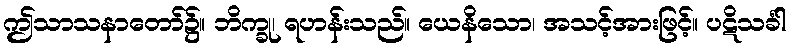
ဤသာသနာတော်၌။ ဘိက္ခု၊ ရဟန်းသည်။ ယေနိသော၊ အသင့်အားဖြင့်။ ပဋိသင်္ခါ